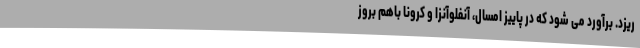
ریزد. برآورد می شود که در پاییز امسال، آنفلوآنزا و کرونا باهم بروز